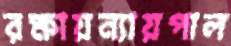
রক্ষায়ন্যায়পাল